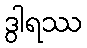
ဒွါရဿ